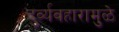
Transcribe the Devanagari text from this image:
दुर्व्यवहारामुळे